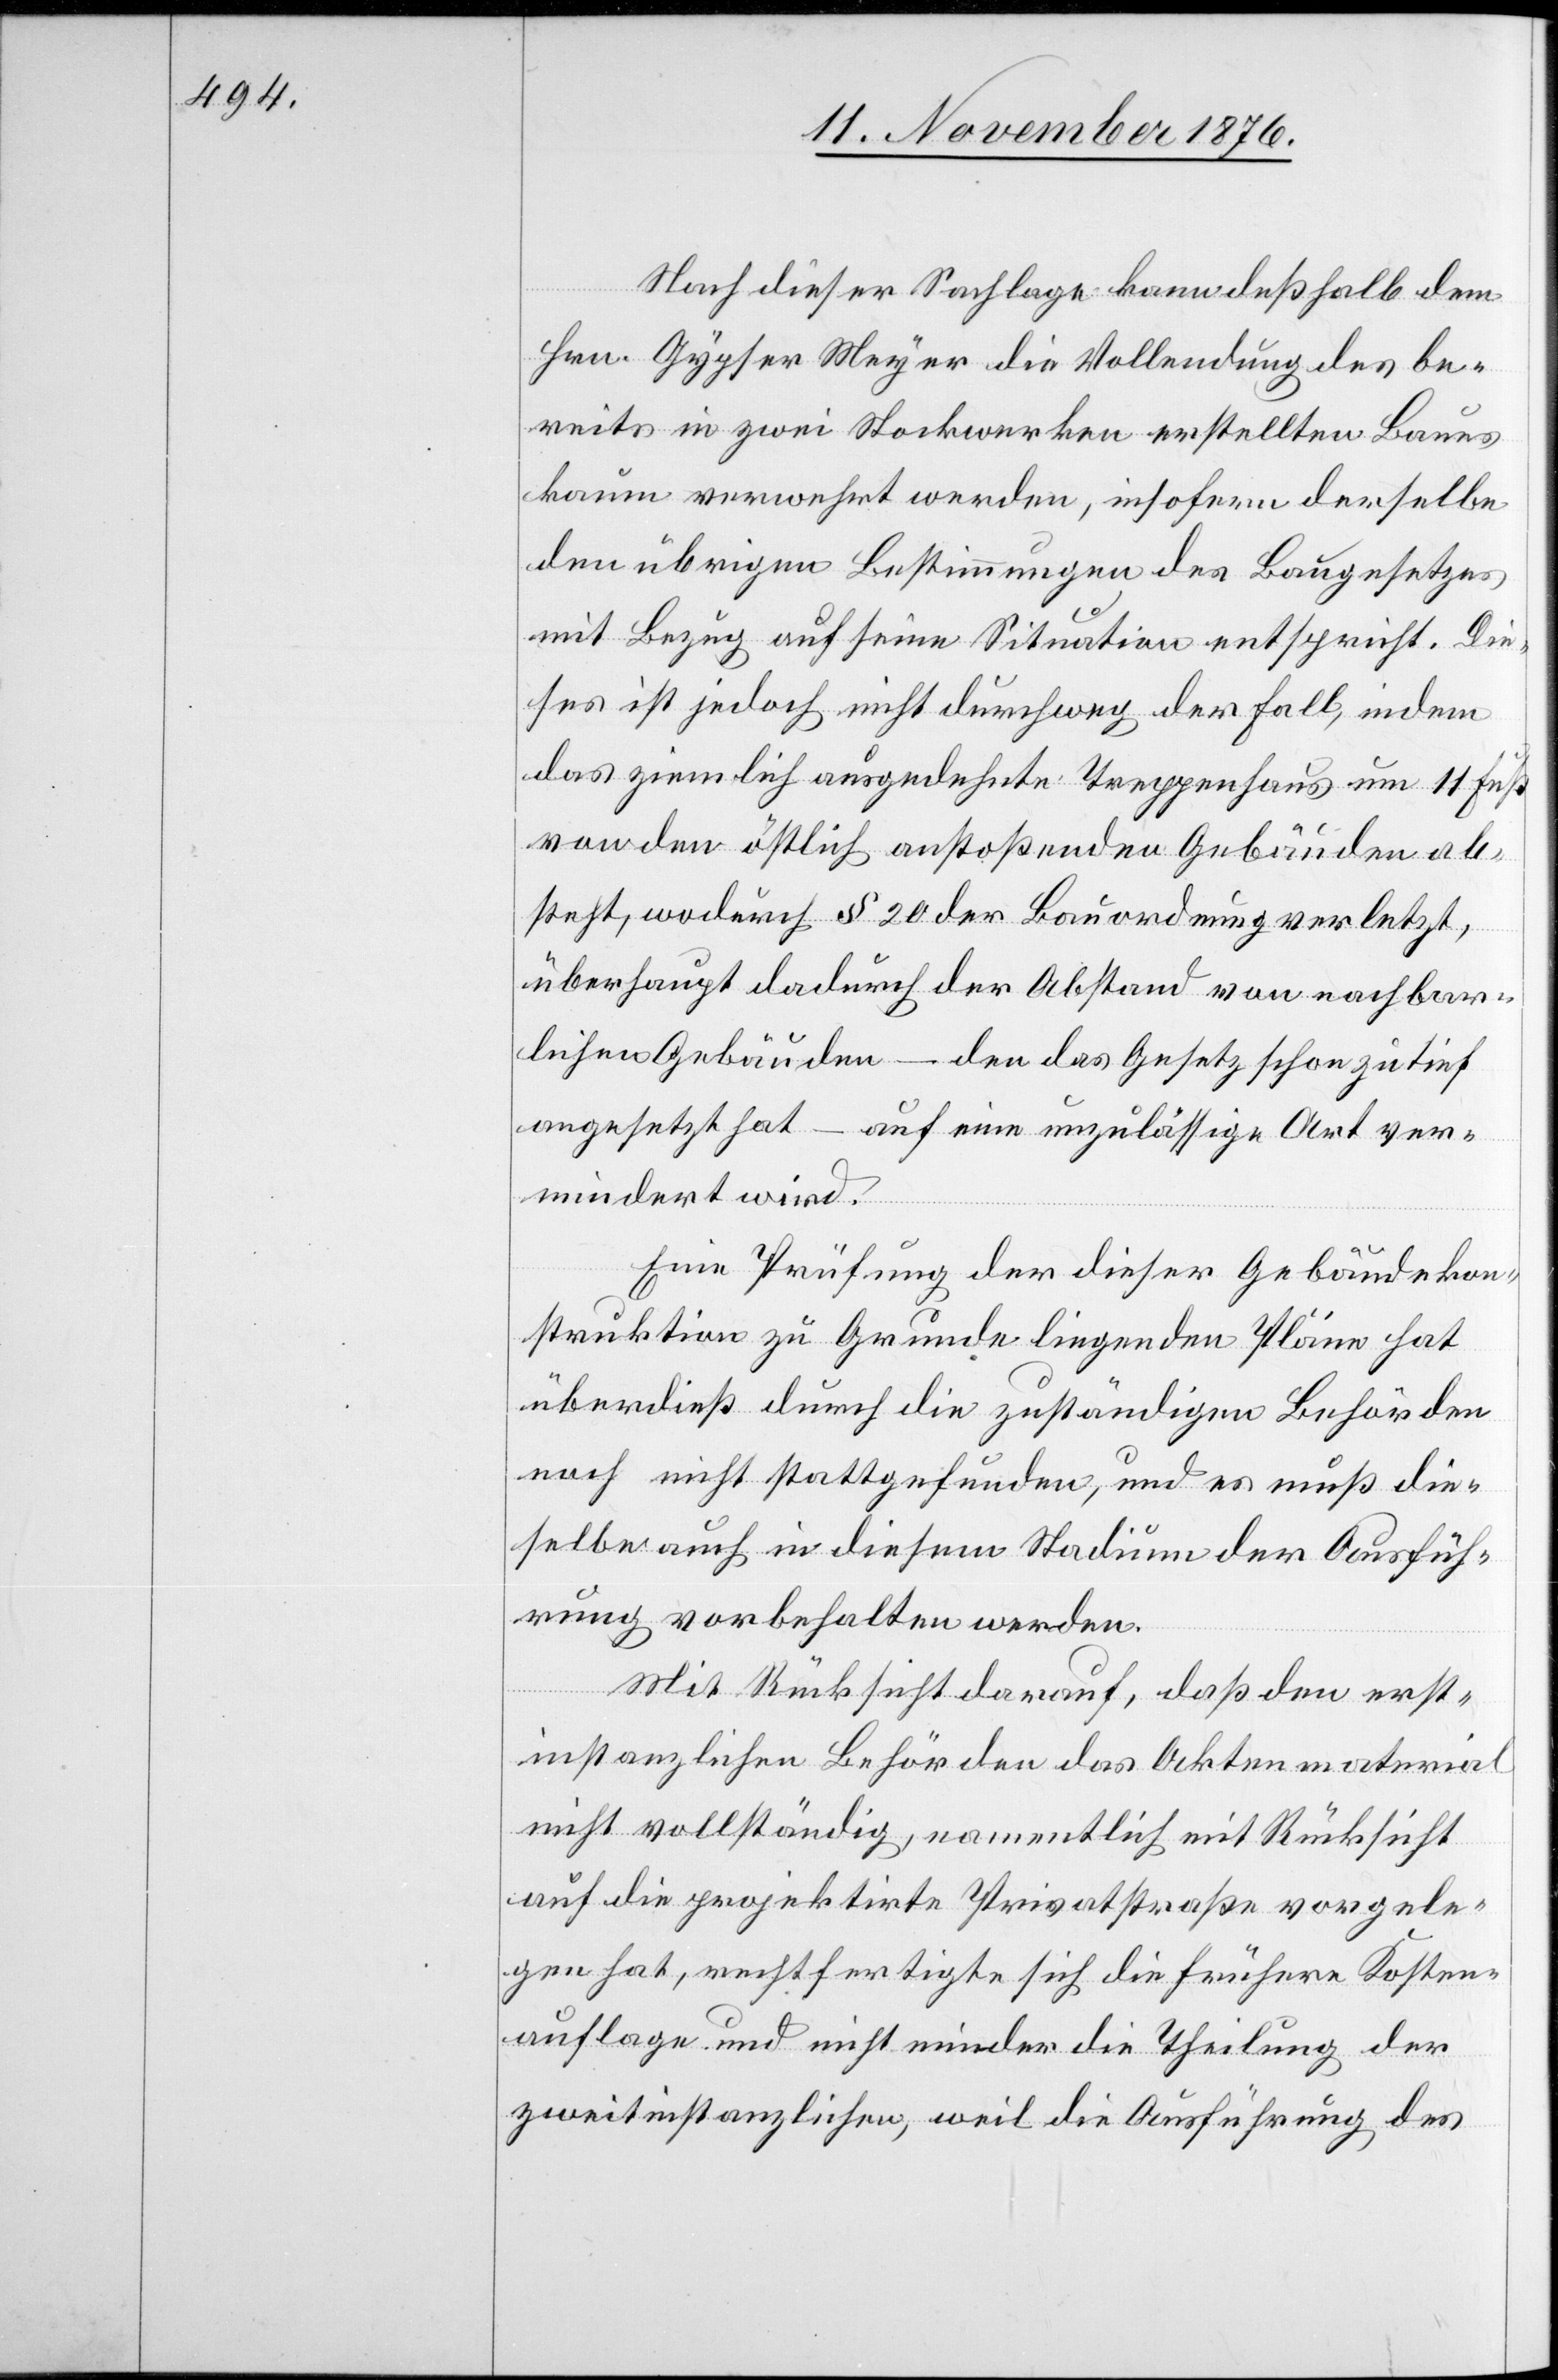
Nach dieser Sachlage kann deßhalb dem
Hrn. Gypser Meyer die Vollendung des be¬
reits in zwei Stockwerken erstellten Baues
kaum verwehrt werden, insofern derselbe
den übrigen Bestimmungen des Baugesetzes
mit Bezug auf seine Situation entspricht. Die¬
ses ist jedoch nicht durchweg der Fall, indem
das ziemlich ausgedehnte Treppenhaus um 11 Fuß
von den östlich anstoßenden Gebäuden ab¬
steht, wodurch § 20 der Bauordnung verletzt,
überhaupt dadurch der Abstand von nachbar¬
lichen Gebäuden – den das Gesetz schon zu tief
angesetzt hat – auf eine unzulässige Art ver¬
mindert wird.
Eine Prüfung der dieser Gebäudekon¬
struktion zu Grunde liegenden Pläne hat
überdieß durch die zuständigen Behörden
noch nicht stattgefunden, und es muß die¬
selbe auch in diesem Stadium der Ausfüh¬
rung vorbehalten werden.
Mit Rücksicht darauf, daß den erst¬
instanzlichen Behörden das Aktenmaterial
nicht vollständig, namentlich mit Rücksicht
auf die projektirte Privatstraße vorgele¬
gen hat, rechtfertigte sich die frühere Kosten¬
auflage und nicht minder die Theilung der
zweitinstanzlichen, weil die Ausführung des